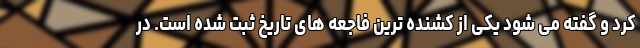
کرد و گفته می شود یکی از کشنده ترین فاجعه های تاریخ ثبت شده است. در